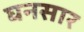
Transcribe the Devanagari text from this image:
घनसार